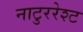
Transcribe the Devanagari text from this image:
नाटुररेश्ट